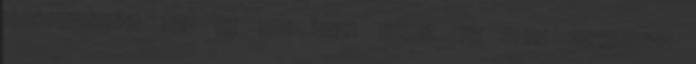
harminchárom nap és tíz óra. Május 16. Idei névnaptól